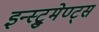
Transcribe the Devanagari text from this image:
इन्स्ट्रुमेण्ट्स